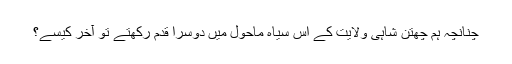
چنانچہ ہم چھتن شاہی ولایت کے اس سیاہ ماحول میں دوسرا قدم رکھتے تو آخر کیسے؟